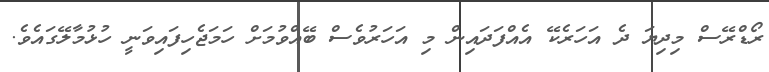
ރޯޑްރޭސް މިދިޔަ ދެ އަހަރެކޭ އެއްފަދައިން މި އަހަރުވެސް ބޭއްވުމަށް ހަމަޖެހިފައިވަނީ ހުޅުމާލޭގައެވެ.